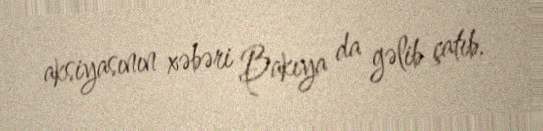
aksiyasının xəbəri Bakıya da gəlib çatıb.